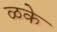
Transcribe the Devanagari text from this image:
ळके